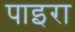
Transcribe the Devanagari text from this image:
पाइरा